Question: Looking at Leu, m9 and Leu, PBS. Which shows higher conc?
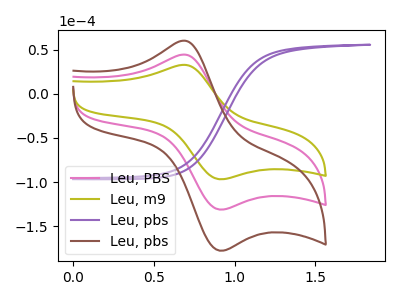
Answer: <think>The pink curve "Leu, PBS" has an anodic peak at (0.70V, 44.35uA) and a cathodic peak at (0.90V, -131.15uA). The olive curve "Leu, m9" has an anodic peak at (0.70V, 32.75uA) and a cathodic peak at (0.90V, -96.80uA). The purple curve "Leu, pbs" has no peaks. The brown curve "Leu, pbs" has an anodic peak at (0.70V, 88.70uA) and a cathodic peak at (0.90V, -262.30uA).
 All the peaks in "Leu, m9" have a peak in "Leu, PBS" at the same potential. Every peak in "Leu, m9" is lower than every peak in "Leu, PBS".</think>
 <answer>"Leu, m9" has less signal than "Leu, PBS" and so likely has a lower concentration.</answer>
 <eval>less_concentration</eval>